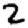
Digit: 2